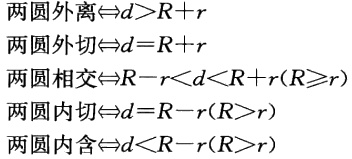
两圆外离$\Leftrightarrow d > R + r$

两圆外切$\Leftrightarrow d = R + r$

两圆相交$\Leftrightarrow R - r < d < R + r(R\geqslant r)$

两圆内切$\Leftrightarrow d = R - r(R > r)$

两圆内含$\Leftrightarrow d < R - r(R > r)$